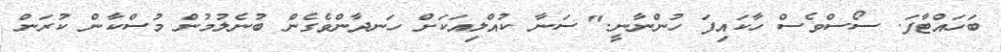
ބަހައްޓާފަ. ސޯސްވެސް ހާކައިފަ ހުންނާނީ." ސަނާ ކުއްލިއަކަށް ހަނދާންވެގެން ބުނެލުމުން މުސްކާން ކުރަން